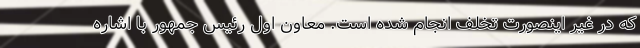
که در غیر اینصورت تخلف انجام شده است. معاون اول رئیس جمهور با اشاره